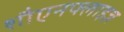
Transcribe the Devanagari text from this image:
शौएनफ्लाइज़